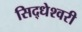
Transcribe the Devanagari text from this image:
सिद्धेश्‍वरी